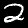
Digit: 2